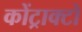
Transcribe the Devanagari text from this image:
कोंट्राक्टो